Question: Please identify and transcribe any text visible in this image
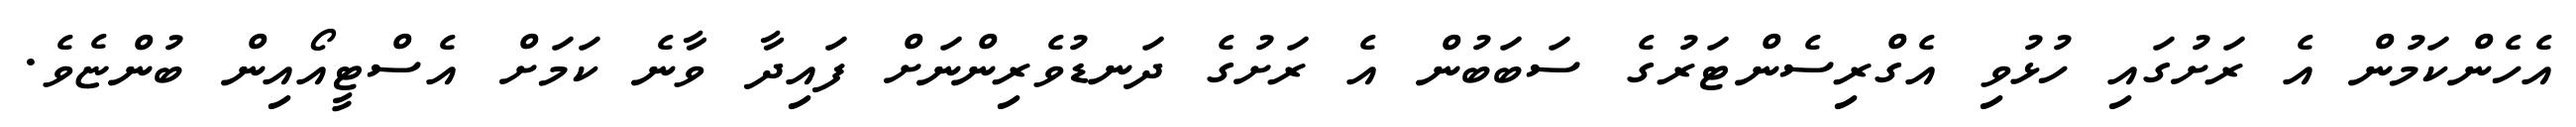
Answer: އެހެންކަމުން އެ ރަށުގައި ހުޅުވި އެގްރިސެންޓަރުގެ ސަބަބުން އެ ރަށުގެ ދަނޑުވެރިންނަށް ފައިދާ ވާނެ ކަމަށް އެސްޓީއޯއިން ބުންޏެވެ.